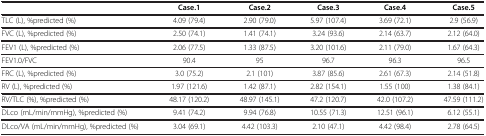
<table><thead><tr><td><b> </b></td><td><b>Case.1</b></td><td><b>Case.2</b></td><td><b>Case.3</b></td><td><b>Case.4</b></td><td><b>Case.5</b></td></tr></thead><tbody><tr><td>TLC (L), %predicted (%)</td><td>4.09 (79.4)</td><td>2.90 (79.0)</td><td>5.97 (107.4)</td><td>3.69 (72.1)</td><td>2.9 (56.9)</td></tr><tr><td>FVC (L), %predicted (%)</td><td>2.50 (74.1)</td><td>1.41 (74.1)</td><td>3.24 (93.6)</td><td>2.14 (63.7)</td><td>2.12 (64.0)</td></tr><tr><td>FEV1 (L), %predicted (%)</td><td>2.06 (77.5)</td><td>1.33 (87.5)</td><td>3.20 (101.6)</td><td>2.11 (79.0)</td><td>1.67 (64.3)</td></tr><tr><td>FEV1.0/FVC</td><td>90.4</td><td>95</td><td>96.7</td><td>96.3</td><td>96.5</td></tr><tr><td>FRC (L), %predicted (%)</td><td>3.0 (75.2)</td><td>2.1 (101)</td><td>3.87 (85.6)</td><td>2.61 (67.3)</td><td>2.14 (51.8)</td></tr><tr><td>RV (L), %predicted (%)</td><td>1.97 (121.6)</td><td>1.42 (87.1)</td><td>2.82 (154.1)</td><td>1.55 (100)</td><td>1.38 (84.1)</td></tr><tr><td>RV/TLC (%), %predicted (%)</td><td>48.17 (120.2)</td><td>48.97 (145.1)</td><td>47.2 (120.7)</td><td>42.0 (107.2)</td><td>47.59 (111.2)</td></tr><tr><td>DLco (mL/min/mmHg), %predicted (%)</td><td>9.41 (74.2)</td><td>9.94 (76.8)</td><td>10.55 (71.3)</td><td>12.51 (96.1)</td><td>6.12 (55.1)</td></tr><tr><td>DLco/VA (mL/min/mmHg), %predicted (%)</td><td>3.04 (69.1)</td><td>4.42 (103.3)</td><td>2.10 (47.1)</td><td>4.42 (98.4)</td><td>2.78 (64.5)</td></tr></tbody></table>